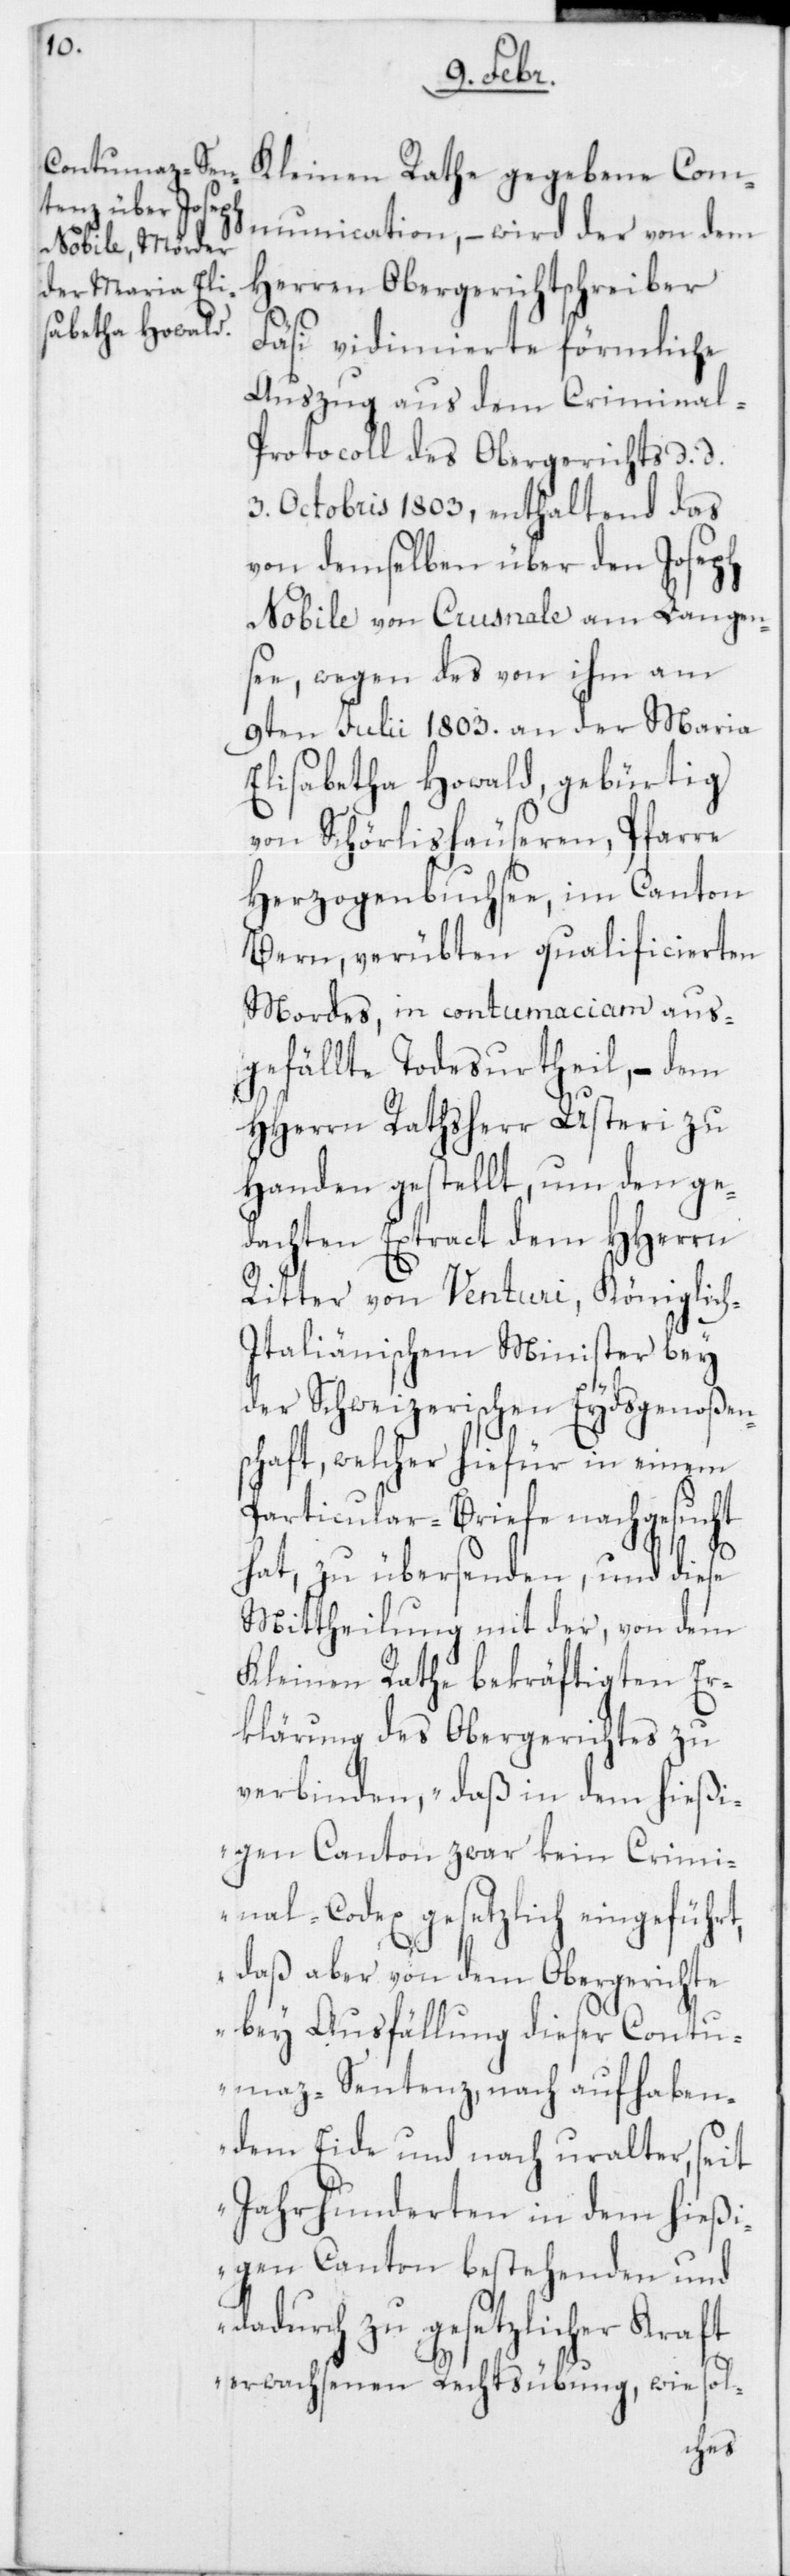
Kleinen Rathe gegebene Com¬
munication, – wird der von dem
Herren Obergerichtschreiber
Fäsi vidimierte förmliche
Auszug aus dem Criminal-P¬
rotocoll des Obergerichts, d. d.
3. Octobris 1803, enthaltend das
von demselben über den Joseph
Nobile von Crusnale am Langen¬
see, wegen des von ihm am
9ten Julii 1803. an der Maria
Elisabetha Howald, gebürtig
von Schörlishäuseren, Pfarre
Herzogenbuchsee, im Canton
Bern, verübten qualificierten
Mordes, in contumaciam aus¬
gefällte Todesurtheil, – dem
HHerren Rathsherr Usteri zu
Handen gestellt, um den ge¬
dachten Extract dem HHerrn
Ritter von Venturi, Königlic¬
h-Italiänischem Minister bey
der Schweizerischen Eydsgenoßen¬
schaft, welcher hiefür in einem
Particular-Brief nachgesucht
hat, zu übersenden, und diese
Mittheilung mit der, von dem
Kleinen Rathe bekräftigten Er¬
klärung des Obergerichtes zu
verbinden, „daß in dem hießi¬
gen Canton zwar kein Crimi¬
nal-Codex gesetzlich eingeführt,
daß aber von dem Obergerichte
bey Ausfällung dieser Contu¬
maz-Sentenz, nach aufhaben¬
dem Eide und nach uralter, seit
Jahrhunderten in dem hießi¬
gen Canton bestehenden und
dadurch zu gesetzlicher Kraft
erwachsenen Rechtsübung, wie sol-